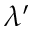
\lambda ^ { \prime }